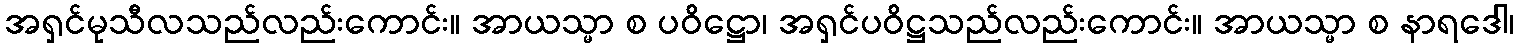
အရှင်မုသီလသည်လည်းကောင်း။ အာယသ္မာ စ ပဝိဋ္ဌော၊ အရှင်ပဝိဋ္ဌသည်လည်းကောင်း။ အာယသ္မာ စ နာရဒေါ၊